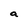
Character: a